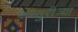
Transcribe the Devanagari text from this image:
कस्तुरीच्या